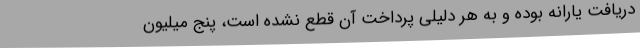
دریافت یارانه بوده و به هر دلیلی پرداخت آن قطع نشده است، پنج میلیون